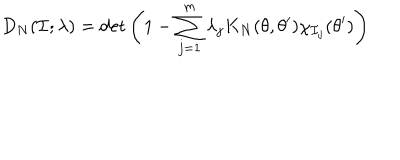
LaTeX: D _ { N } ( { \cal I } ; \lambda ) = \det \left( 1 - \sum _ { j = 1 } ^ { m } \lambda _ { j } K _ { N } ( \theta , \theta ^ { \prime } ) \chi _ { { \cal I } _ { j } } ( \theta ^ { \prime } ) \right)